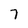
Character: 7